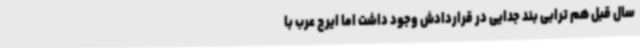
سال قبل هم ترابی بند جدایی در قراردادش وجود داشت اما ایرج عرب با